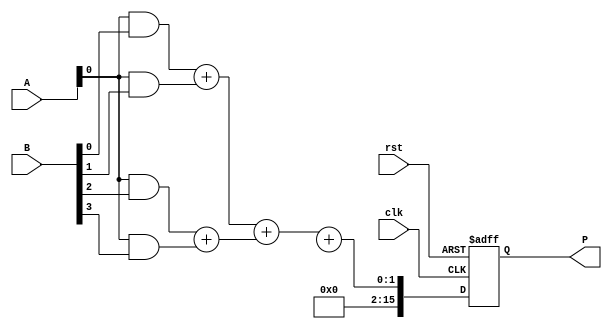
module WallaceTreeMultiplier #(parameter WIDTH = 8) (
    input  wire [WIDTH-1:0] A,  // Multiplicand
    input  wire [WIDTH-1:0] B,  // Multiplier
    input  wire clk,             // Clock signal
    input  wire rst,             // Reset signal
    output reg [2*WIDTH-1:0] P   // Product
);

    // Internal wires for partial products
    wire [WIDTH-1:0] partial_products[WIDTH-1:0];

    // Generate Partial Products
    genvar i;
    generate
        for (i = 0; i < WIDTH; i = i + 1) begin : pp_gen
            assign partial_products[i] = A & {WIDTH{B[i]}};
        end
    endgenerate

    // Wallace Tree Reduction
    wire [2*WIDTH-1:0] sum[WIDTH:0]; // Intermediate sums
    wire [WIDTH:0] carry[WIDTH:0];    // Carry bits

    // Level 1 Reduction
    generate
        for (i = 0; i < WIDTH; i = i + 1) begin : level1
            if (i % 2 == 0) begin
                assign {carry[0][i/2 + 1], sum[0][i/2]} = partial_products[i] + partial_products[i + 1];
            end
        end
    endgenerate

    // Level 2 Reduction
    generate
        for (i = 0; i < (WIDTH + 1) / 2; i = i + 1) begin : level2
            if (i % 2 == 0) begin
                assign {carry[1][i/2 + 1], sum[1][i/2]} = sum[0][i] + sum[0][i + 1];
            end
        end
    endgenerate

    // Final Addition
    always @(posedge clk or posedge rst) begin
        if (rst) begin
            P <= 0;
        end else begin
            P <= sum[1][0] + carry[1][0];
        end
    end

endmodule